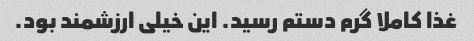
غذا کاملا گرم دستم رسید. این خیلی ارزشمند بود.